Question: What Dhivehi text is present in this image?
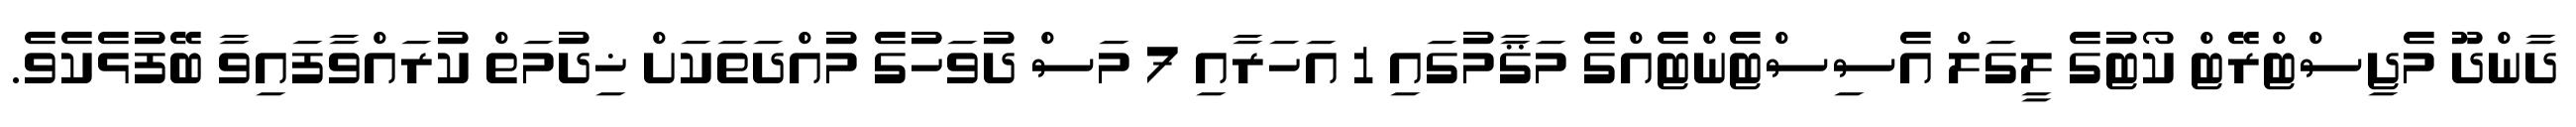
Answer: ދާންދޫ މެޖިސްޓްރޭޓް ކޯޓުގެ ލީގަލް އެސިސްޓެންޓެއްގެ މަޤާމުގައި 1 އަހަރާއި 7 މަސް ދުވަހުގެ މުއްދަތަކަށް ޚިދުމަތް ކުރައްވާފައިވާ ބޭފުޅެކެވެ.